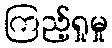
ကြည့်ရှုမှု